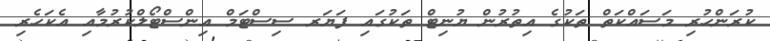
ކުރަންހުރި މަސައްކަތް ތަކުގެ އިތުރުން ޔުނިޓް ތަކުގައި ފަޔަރ ސިސްޓަމް އިންސްޓޯލްކުރުމާއި އެކަހެރި